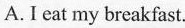
A.I eat my breakfast.